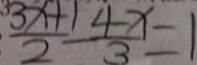
\frac { 3 x + 1 } { 2 } - \frac { 4 x } { 3 } = 1